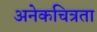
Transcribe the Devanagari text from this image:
अनेकचित्रता